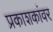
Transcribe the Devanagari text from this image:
प्रकाशकांवर